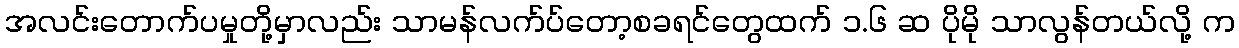
အလင်းတောက်ပမှုတို့မှာလည်း သာမန်လက်ပ်တော့စခရင်တွေထက် ၁.၆ ဆ ပိုမို သာလွန်တယ်လို့ က